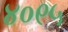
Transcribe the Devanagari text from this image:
४०९५